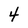
Character: 4